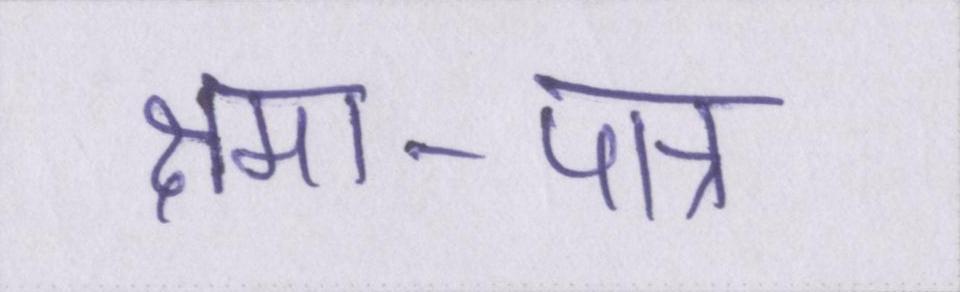
क्षमा-पात्र